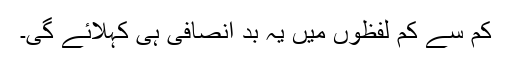
کم سے کم لفظوں میں یہ بد انصافی ہی کہلائے گی۔